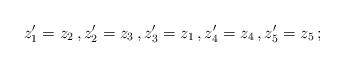
LaTeX: \begin{align*}z_1^\prime = z_2 \, , z_2^\prime = z_3 \, , z_3^\prime = z_1 \, , z_4^\prime = z_4 \, , z_5^\prime = z_5 \, ;\end{align*}